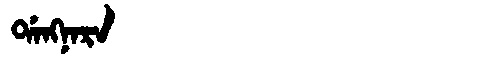
Manchu: ᡩᠠᠩᠨᠠᡵᠠ
Romanization: DANGNARA